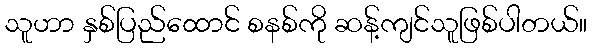
သူဟာ နှစ်ပြည်ထောင် စနစ်ကို ဆန့်ကျင်သူဖြစ်ပါတယ်။